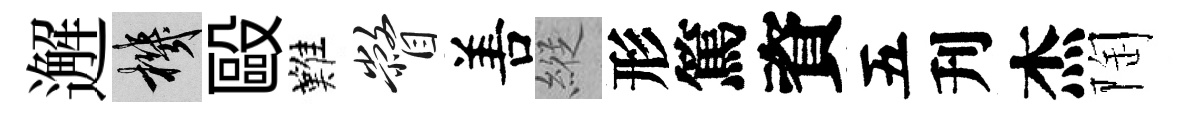
邂機毆難瞥𠵊縱形篤資五刋杰陶